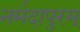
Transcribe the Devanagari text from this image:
नर्मदापुरम्